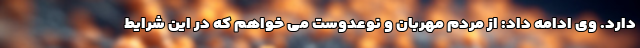
دارد. وی ادامه داد: از مردم مهربان و نوعدوست می خواهم که در این شرایط